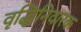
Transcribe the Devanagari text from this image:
वृद्धिनिवारक